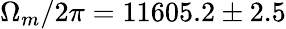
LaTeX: \Omega_{m}/2\pi=11605.2\pm 2.5